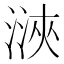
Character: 㴺